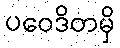
ပဝေဒိတမှိ